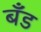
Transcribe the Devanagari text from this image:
बॅँड